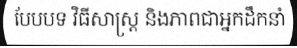
បែបបទ វិធីសាស្ត្រ និងភាពជាអ្នកដឹកនាំ